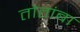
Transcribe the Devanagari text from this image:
तोतांबा